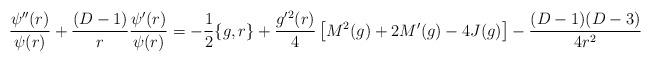
LaTeX: \begin{align*}\frac{\psi^{\prime\prime}(r)}{\psi(r)}+\frac{(D-1)}{r}\frac{\psi^{\prime}(r)}{\psi(r)}=-\frac{1}{2}\{g,r\}+\frac{g^{\prime2}(r)}{4}\left[M^{2}(g)+2M^{\prime}(g)-4J(g)\right]-\frac{(D-1)(D-3)}{4r^2}\end{align*}